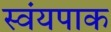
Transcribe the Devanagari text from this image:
स्वंयपाक